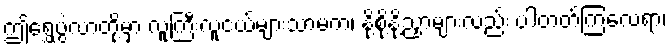
ဤရွှေပွဲလာတို့မှာ လူကြီးလူငယ်များသာမက၊ နို့စို့နို့ညှာများလည်း ပါတတ်ကြလေရာ၊